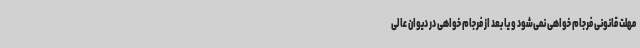
مهلت قانونی فرجام خواهی نمی‌شود و یا بعد از فرجام خواهی در دیوان عالی